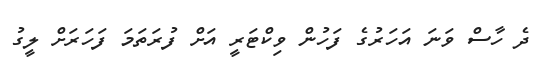
ދެ ހާސް ވަނަ އަހަރުގެ ފަހުން ވިކްޓަރީ އަށް ފުރަތަމަ ފަހަރަށް ލީގު